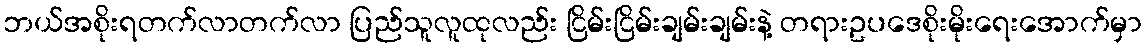
ဘယ်အစိုးရတက်လာတက်လာ ပြည်သူလူထုလည်း ငြိမ်းငြိမ်းချမ်းချမ်းနဲ့ တရားဥပဒေစိုးမိုးရေးအောက်မှာ